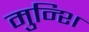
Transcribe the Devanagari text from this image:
मुन्शि